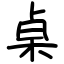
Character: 桌